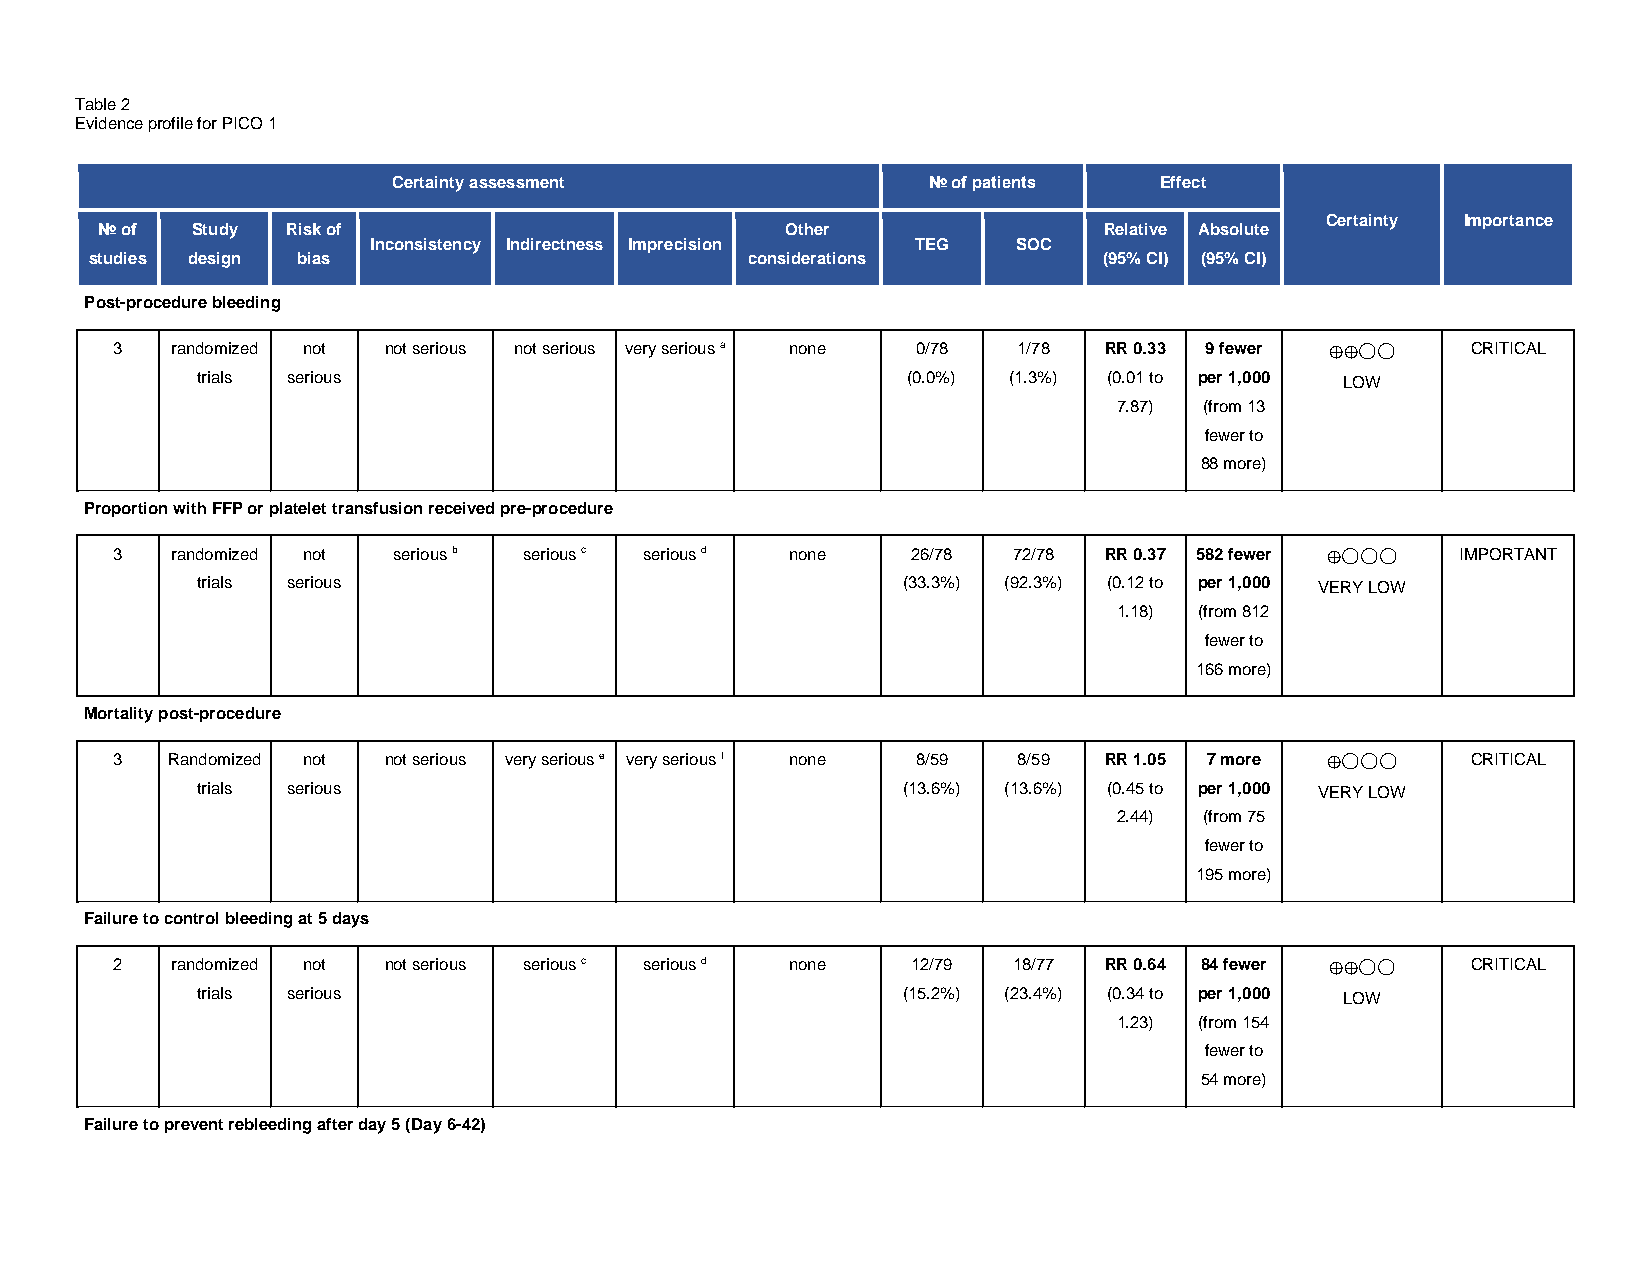
Table 2
 Evidence profile for PICO 1
 Certainty assessment               № of patients   Effect
 Certainty Importance
 № of  Study Risk of                          Other                Relative Absolute
 Inconsistency Indirectness Imprecision TEG SOC
 studies design bias                         considerations         (95% CI) (95% CI)
 Post-procedure bleeding
 3   randomized not not serious not serious very serious a none 0/78 1/78 RR 0.33 9 fewer  CRITICAL
 ◯◯
 trials serious                                 (0.0%) (1.3%) (0.01 to per 1,000 ⨁L⨁OW
 7.87) (from 13
 fewer to
 88 more)
 Proportion with FFP or platelet transfusion received pre-procedure
 3   randomized not serious b serious c serious d none 26/78 72/78 RR 0.37 582 fewer       IMPORTANT
 ◯◯◯
 trials serious                                 (33.3%) (92.3%) (0.12 to per 1,000 V⨁ERY LOW
 1.18) (from 812
 fewer to
 166 more)
 Mortality post-procedure
 3   Randomized not not serious very serious e very serious f none 8/59 8/59 RR 1.05 7 more CRITICAL
 ◯◯◯
 trials serious                                 (13.6%) (13.6%) (0.45 to per 1,000 V⨁ERY LOW
 2.44) (from 75
 fewer to
 195 more)
 Failure to control bleeding at 5 days
 2   randomized not not serious serious c serious d none 12/79 18/77 RR 0.64 84 fewer      CRITICAL
 ◯◯
 trials serious                                 (15.2%) (23.4%) (0.34 to per 1,000 ⨁L⨁OW
 1.23) (from 154
 fewer to
 54 more)
 Failure to prevent rebleeding after day 5 (Day 6-42)